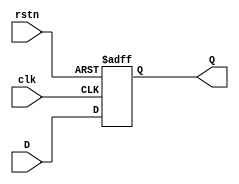
module DFF (
    input      clk,
    input      rstn,
    input      D,
    output reg Q
);

  always @(posedge clk or negedge rstn) begin
    if (~rstn) begin
      Q <= 0;
    end else begin
      Q <= D;
    end
  end

endmodule